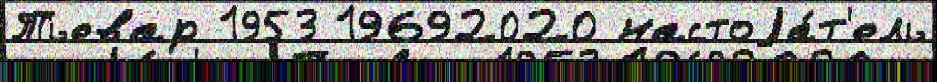
Тьевар 1953 19692020 настоjа́т'ель